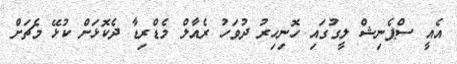
އެއީ ސްޕެނިޝް ލީގުގައި ހޮނިހިރު ދުވަހު ރެއާލް މެޑްރިޑާ ދެކޮޅަށް ކުޅޭ މެޗަށް